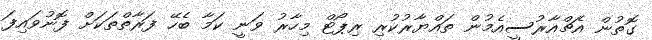
ގޮތުން އެޗްއާރުސީއެމުން ތައްޔާރުކުރި ރިޕޯޓް މިހާރު ވަނީ ކަމާ ބެހޭ ފަރާތްތަކަށް ފޮނުވައިފަ